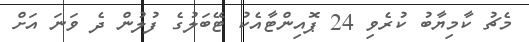
މެޗު ކާމިޔާބު ކުރެވި 24 ޕޮއިންޓާއެކު ޓޭބަލުގެ ފުލުން ދެ ވަނަ އަށް